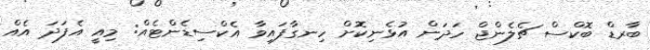
ބާރޑް ބޮކްސް ޗެލެންޖް ހަދަން އުޅެނިކޮށް ހިނގާފައިވާ އެކްސިޑެންޓެއް: މިއީ އެފަދަ އެއް